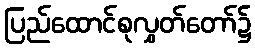
ပြည်ထောင်စုလွှတ်တော်၌